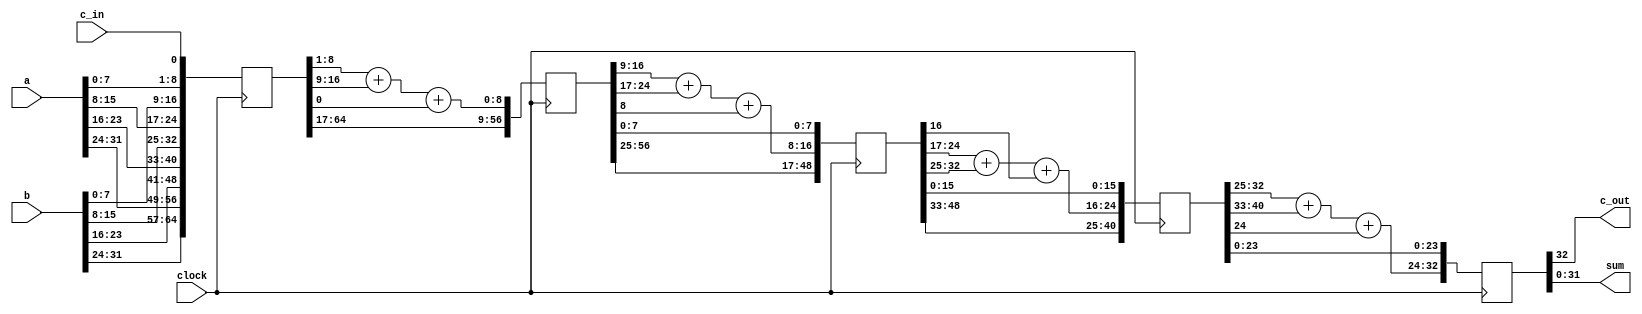
module add_32_4stage(c_out,sum,a,b,c_in,clock);
parameter size = 32 ;
parameter half = size / 2 ;         //16

parameter shalf = half / 2 ;        //8
parameter thalf = shalf + half ;    //24

parameter double = 2 * size ;       //64
parameter triple = 3 * half ;       //48
parameter size1 = shalf - 1 ;       //7
parameter size2 = half - 1 ;        //15
parameter size3 = half + size1 ;    //23
parameter size4 = size - 1 ;        //31
parameter size5 = shalf + 1 ;       //9
parameter R1 = 1 ;                  //1
parameter L1 = shalf ;              //8
parameter R2 = size5 ;              //9
parameter L2 = half ;               //16
parameter R3 = size5 + shalf ;      //17
parameter L3 = thalf ;              //24
parameter R4 = size - shalf + 1 ;   //25
parameter L4 = size ;               //32
parameter R5 = 2 * half + 1 ;       //33
parameter L5 = size + shalf ;       //40
parameter R6 = size + shalf + 1 ;   //41
parameter L6 = size + half ;        //48
parameter R7 = size + half + 1 ;    //49
parameter L7 = double - shalf;      //56
parameter R8 = double - shalf + 1 ; //57
parameter L8 = double ;             //64

input [size4 : 0]   a,b ;
input               c_in , clock ;

output [size4 : 0]  sum ;
output              c_out ;

reg [L8 : 0] IR ;
reg [L7 : 0] FR ;
reg [L6 : 0] SR ;
reg [L5 : 0] TR ;
reg [L4 : 0] OR ;

assign {c_out , sum } = OR ;

always @(posedge clock)
begin
    // Load Input register

    IR[0] <= c_in ;

    IR[L1 : R1] <= a[size1 : 0 ] ;
    IR[L2 : R2] <= b[size1 : 0 ] ;

    IR[L3 : R3] <= a[size2 : shalf] ;
    IR[L4 : R4] <= b[size2 : shalf] ;

    IR[L5 : R5] <= a[size3 : half] ;
    IR[L6 : R6] <= b[size3 : half] ;

    IR[L7 : R7] <= a[size4 :thalf ] ;
    IR[L8 : R8] <= b[size4 :thalf ] ;
end

always @(negedge clock)
begin
    // Load First register

    { FR[shalf] , FR[size1 : 0 ] } = IR[L1 : R1] + IR[L2 : R2] + IR[0] ;

    FR[L2 : R2] <= IR[L3 : R3] ;
    FR[L3 : R3] <= IR[L4 : R4] ;

    FR[L4 : R4] <= IR[L5 : R5] ;
    FR[L5 : R5] <= IR[L6 : R6] ;

    FR[L6 : R6] <= IR[L7 : R7] ;
    FR[L7 : R7] <= IR[L8 : R8] ;
end

always @(posedge clock)
begin
    // Load Second register

    SR[size1 : 0 ] <= FR[size1 : 0 ] ;

    { SR[half] , SR[size2 : shalf] } = FR[L2: R2] + FR[L3 : R3] + FR[shalf] ;

    SR[ 24:17 ] <= FR[L4 : R4] ;
    SR[ 32:25 ] <= FR[L5 : R5] ;

    SR[ 40:33 ] <= FR[L6 : R6] ;
    SR[ 48:41 ] <= FR[L7 : R7] ;
end

always @(negedge clock)
begin
    // Load Third register

    TR[size1 : 0 ] <= SR[size1 : 0 ] ;
    TR[size2 : shalf] <= SR[size2 : shalf] ;

    { TR[thalf] , TR[size3 : half] } = SR[L3 : R3] + SR[L4 : R4] + SR[half] ;

    TR[ 32:25 ] <= SR[L5 : R5] ;
    TR[ 40:33 ] <= SR[L6 : R6] ;
end

always @(posedge clock)
begin
    // Load output register

    OR[size1 : 0 ] <= TR[size1 : 0 ] ;
    OR[size2 : shalf] <= TR[size2 : shalf] ;
    OR[size3 : half] <= TR[size3 : half] ;

    { OR[size] , OR[size4 : thalf] } = TR[L4 : R4] + TR[L5 : R5] + TR[thalf] ;
end

endmodule